Indian journal of veterinary science and animal husbandry - Volume 4,
Year: 1934
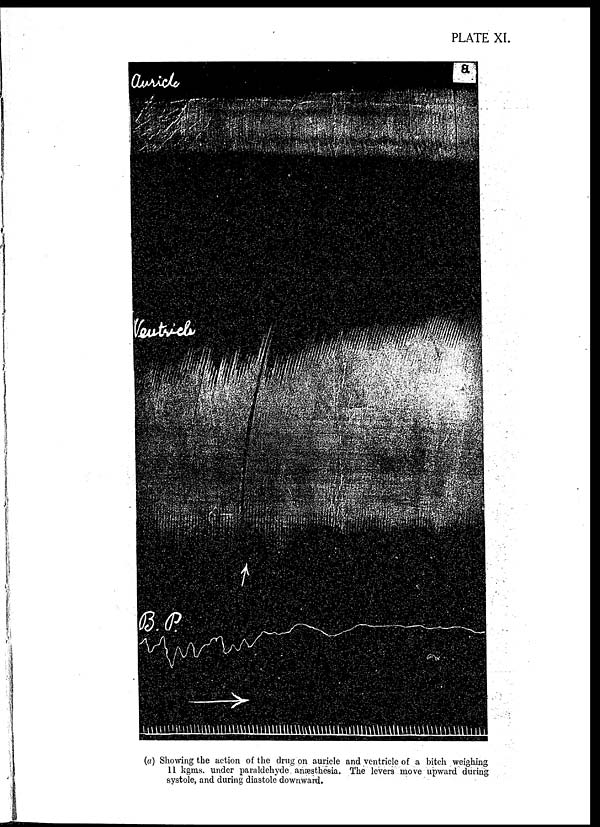
PLATE XL
(a) Showing the action of the drug on auricle and ventricle of a bitch weighing
11 kgms. under paraldehyde anæsthesia. The levers move upward during
systole, and during diastole downward.